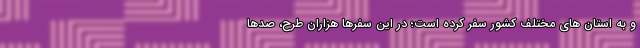
و به استان های مختلف کشور سفر کرده است؛ در این سفرها هزاران طرح، صدها